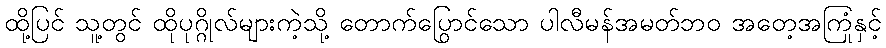
ထို့ပြင် သူ့တွင် ထိုပုဂ္ဂိုလ်များကဲ့သို့ တောက်ပြောင်သော ပါလီမန်အမတ်ဘဝ အတွေ့အကြုံနှင့်